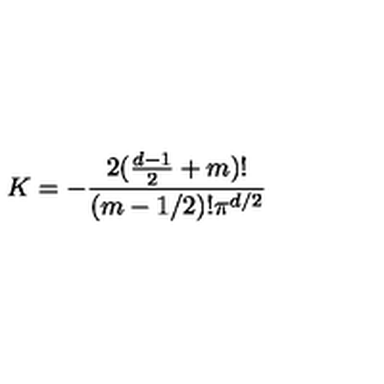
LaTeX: K = - \frac { 2 ( \frac { d - 1 } { 2 } + m ) ! } { ( m - 1 / 2 ) ! \pi ^ { d / 2 } }